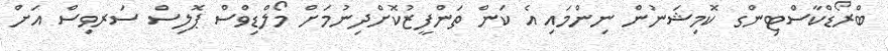
ބްރޯޑްކާސްޓިންގ ކޮމިޝަނުން ނިންމައި އެ ކަން ތަންފީޒުކޮށްދިނުމަށް މޯލްޑިވްސް ޕޮލިސް ސަރވިސް އަށް